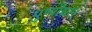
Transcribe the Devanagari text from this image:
पुष्पोद्यान